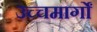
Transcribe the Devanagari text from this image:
उच्चमार्गों